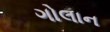
ગોલાન